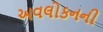
અવલોકનની